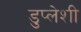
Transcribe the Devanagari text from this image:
डुप्लेशी